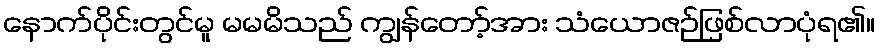
နောက်ပိုင်းတွင်မူ မမမိသည် ကျွန်တော့်အား သံယောဇဉ်ဖြစ်လာပုံရ၏။